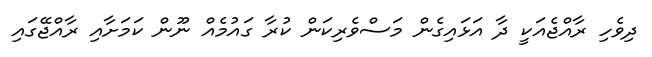
ދިވެހި ރާއްޖެއަކީ ދާ އަޅައިގެން މަސްވެރިކަން ކުރާ ގައުމެއް ނޫން ކަމަށާއި ރާއްޖޭގައި